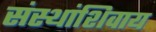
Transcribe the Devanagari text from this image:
संस्थांशिवाय